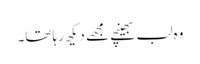
وہ لب بھینچے مجھے دیکھ رہا تھا۔